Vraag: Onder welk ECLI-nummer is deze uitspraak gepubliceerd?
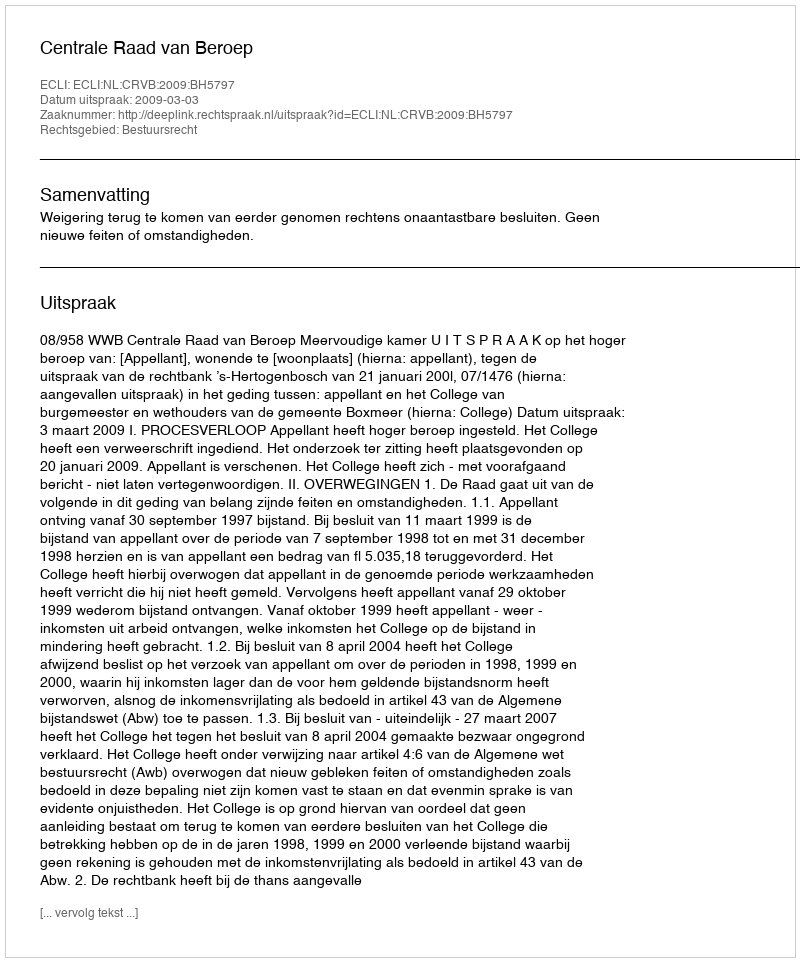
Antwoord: ECLI:NL:CRVB:2009:BH5797